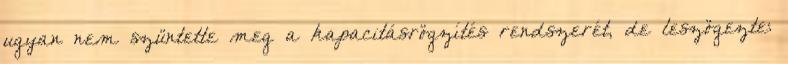
ugyan nem szüntette meg a kapacitásrögzítés rendszerét, de leszögezte: